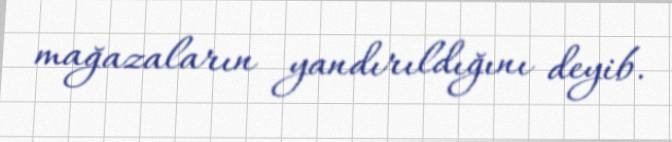
mağazaların yandırıldığını deyib.